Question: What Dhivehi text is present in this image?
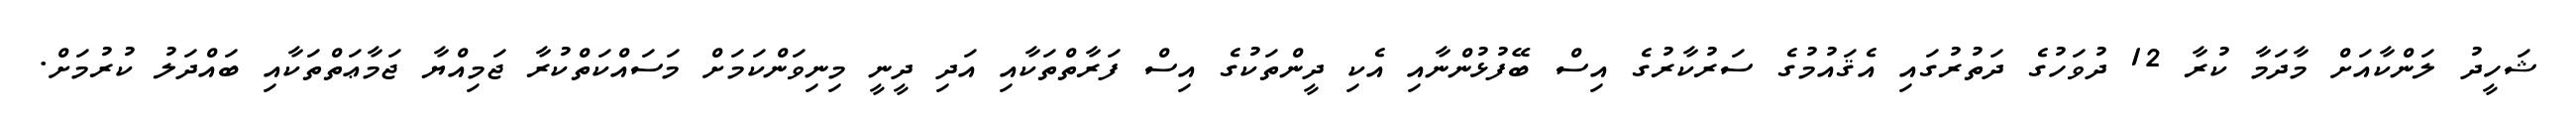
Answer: ޝަހީދު ލަންކާއަށް މާދަމާ ކުރާ 12 ދުވަހުގެ ދަތުރުގައި އެޤައުމުގެ ސަރުކާރުގެ އިސް ބޭފުޅުންނާއި އެކި ދީންތަކުގެ އިސް ފަރާތްތަކާއި އަދި ދީނީ މިނިވަންކަމަށް މަސައްކަތްކުރާ ޖަމިއްޔާ ޖަމާޢަތްތަކާއި ބައްދަލު ކުރުމަށް.